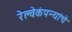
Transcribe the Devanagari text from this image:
रेल्वेकंपन्यांचे